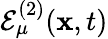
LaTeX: \mathcal{E}_{\mu}^{(2)}(\mathbf{x},t)